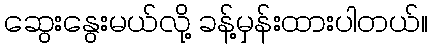
ဆွေးနွေးမယ်လို့ ခန့်မှန်းထားပါတယ်။